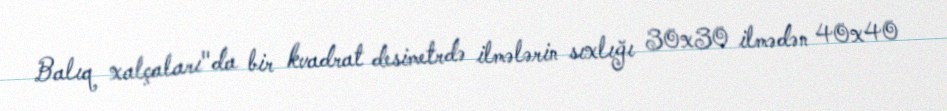
Balıq xalçaları"da bir kvadrat desimetrdə ilmələrin sıxlığı 30x30 ilmədən 40x40